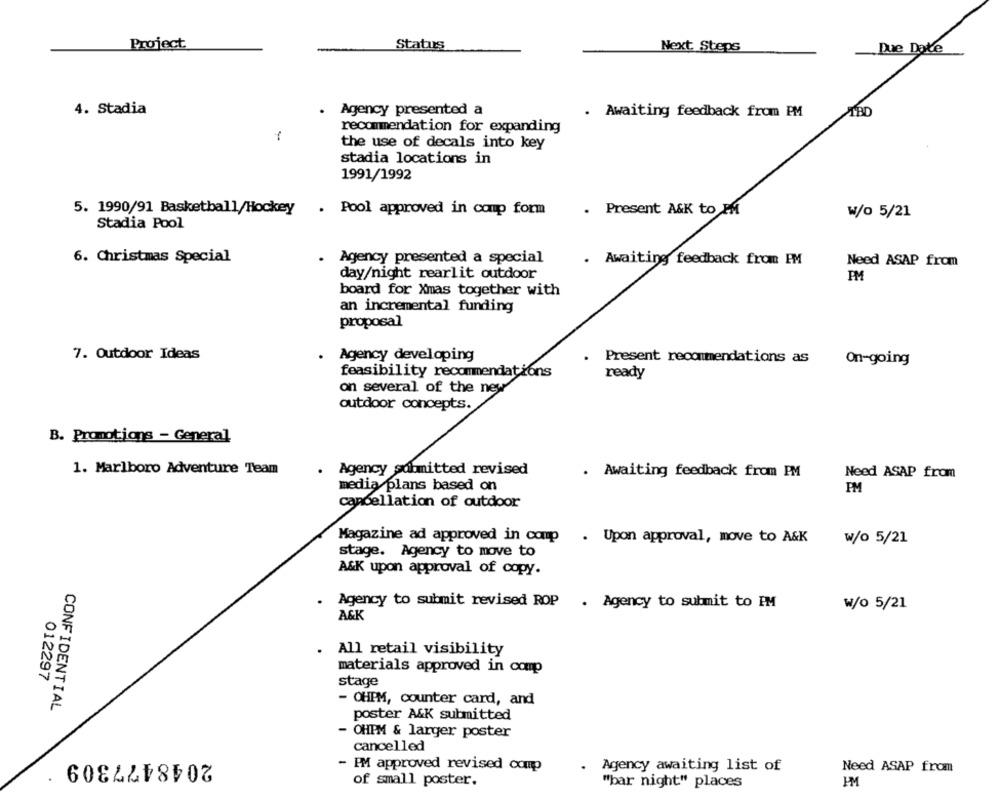
Project.
Status
Next Steps
Due Date
4. Stadia
Agency presented a
. Awaiting feedback from PM
recommendation for expanding
-
the use of decals into key
stadia locations in
1991/1992
5. 1990/91 Basketball/Hockey . Pool approved in comp form
. Present A&K to IM
W/o 5/21
Stadia Pool
6. Christmas Special
. Agency presented a special
. Awaiting feedback from PM
Need ASAP from
day/night rearlit outdoor
PM
board for Xmas together with
an incremental funding
proposal
7. Outdoor Ideas
Agency developing
Present recommendations as
On-going
feasibility recommendations
ready
on several of the new
outdoor concepts.
B. Promotions - General
1. Marlboro Adventure Team
. Agency submitted revised
. Awaiting feedback from PM
Need ASAP from
media plans based on
PM
cancellation of outdoor
Magazine ad approved in comp
. Upon approval, move to A&K
w/o 5/21
stage. Agency to move to
A&K upon approval of copy.
Agency to submit revised ROP
. Agency to submit to PM
w/o 5/21
A&K
,All retail visibility
materials approved in comp
012297
stage
CONFIDENTIAL
- OHPM, counter card, and
poster A&K submitted
OHPM & larger poster
cancelled
2048477309
- PM approved revised coup
Agency awaiting list of
Need ASAP from
of small poster.
"bar night" places